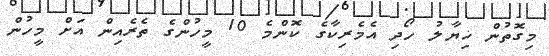
މިގޮތުން ޚިޔާލު ހޯދި އެމެރިކާގެ ކޮންމެ 10 މީހުންގެ ތެރެއިން އަށް މީހުން